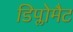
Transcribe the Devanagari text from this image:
डिप्लोमैट